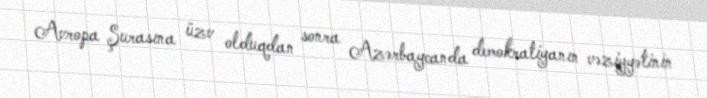
Avropa Şurasına üzv olduqdan sonra Azərbaycanda demokratiyanın vəziyyətinin